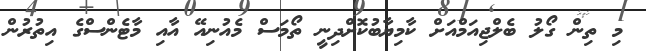
މި ތިން ގޯލު ބެލްޖިއަމްއަށް ކާމިޔާބުކޮށްދިނީ ތޯމަސް މެއުނިއޭ އާއި މާޓެންސްގެ އިތުރުން